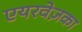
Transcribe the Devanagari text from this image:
एयरवेज़का